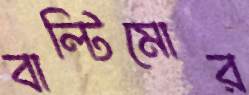
বাল্টিমোর